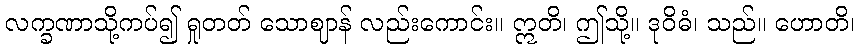
လက္ခဏာသို့ကပ်၍ ရှုတတ် သောဈာန် လည်းကောင်း။ ဣတိ၊ ဤသို့။ ဒုဝိဓံ၊ သည်။ ဟောတိ၊